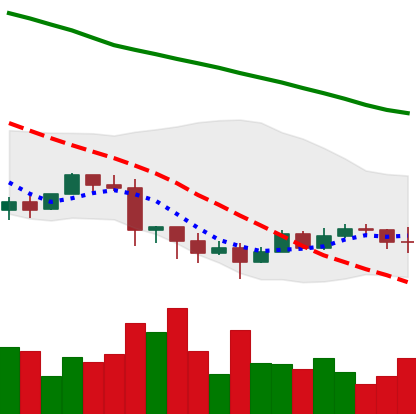
Ticker: EOS-USD
Chart end date: 2022-01-18
Forward return: -19.74%
Label: down_7plus